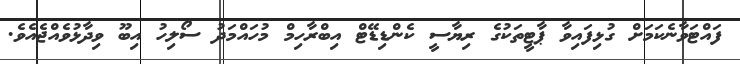
ފައްޓަވާނެކަމަށް ގުޅިފައިވާ ޕާޓީތަކުގެ ރިޔާސީ ކެންޑިޑޭޓް އިބްރާހިމް މުހައްމަދު ސޯލިހު އިބޫ ވިދާޅުވެެއްޖެއެެވެ.